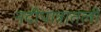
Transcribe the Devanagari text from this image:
नदीपात्रातली